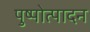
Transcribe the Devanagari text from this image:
पुष्पोत्पादन